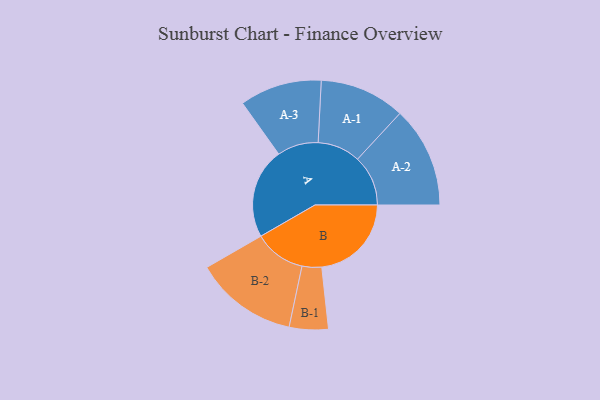
{"axis": {"x": "Segment", "y": "Value"}, "legend": ["", "A", "B"], "data": [{"x": "A", "y": 478, "type": ""}, {"x": "B", "y": 474, "type": ""}, {"x": "A-1", "y": 226, "type": "A"}, {"x": "A-2", "y": 267, "type": "A"}, {"x": "A-3", "y": 217, "type": "A"}, {"x": "B-1", "y": 103, "type": "B"}, {"x": "B-2", "y": 272, "type": "B"}]}